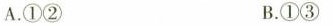
A.①② B.①③